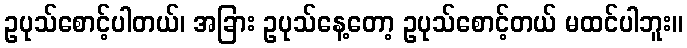
ဥပုသ်စောင့်ပါတယ်၊ အခြား ဥပုသ်နေ့တော့ ဥပုသ်စောင့်တယ် မထင်ပါဘူး။